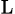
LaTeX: _\mathrm{L}